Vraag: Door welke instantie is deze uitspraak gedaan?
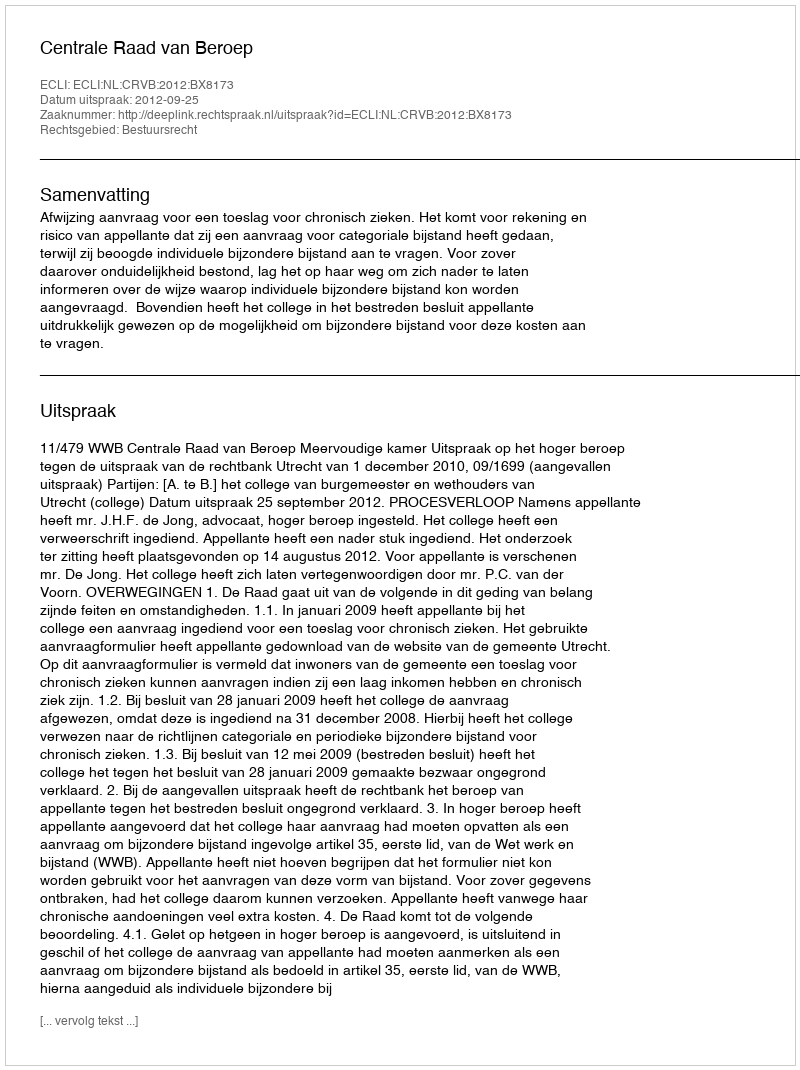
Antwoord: Centrale Raad van Beroep